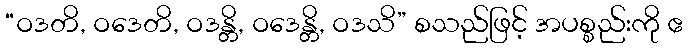
“ဝဒတိ, ဝဒေတိ, ဝဒန္တိ, ဝဒေန္တိ, ဝဒသိ” စသည်ဖြင့် အပစ္စည်းကို ဧ